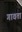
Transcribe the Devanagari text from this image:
गावता